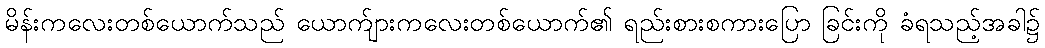
မိန်းကလေးတစ်ယောက်သည် ယောက်ျားကလေးတစ်ယောက်၏ ရည်းစားစကားပြော ခြင်းကို ခံရသည့်အခါ၌